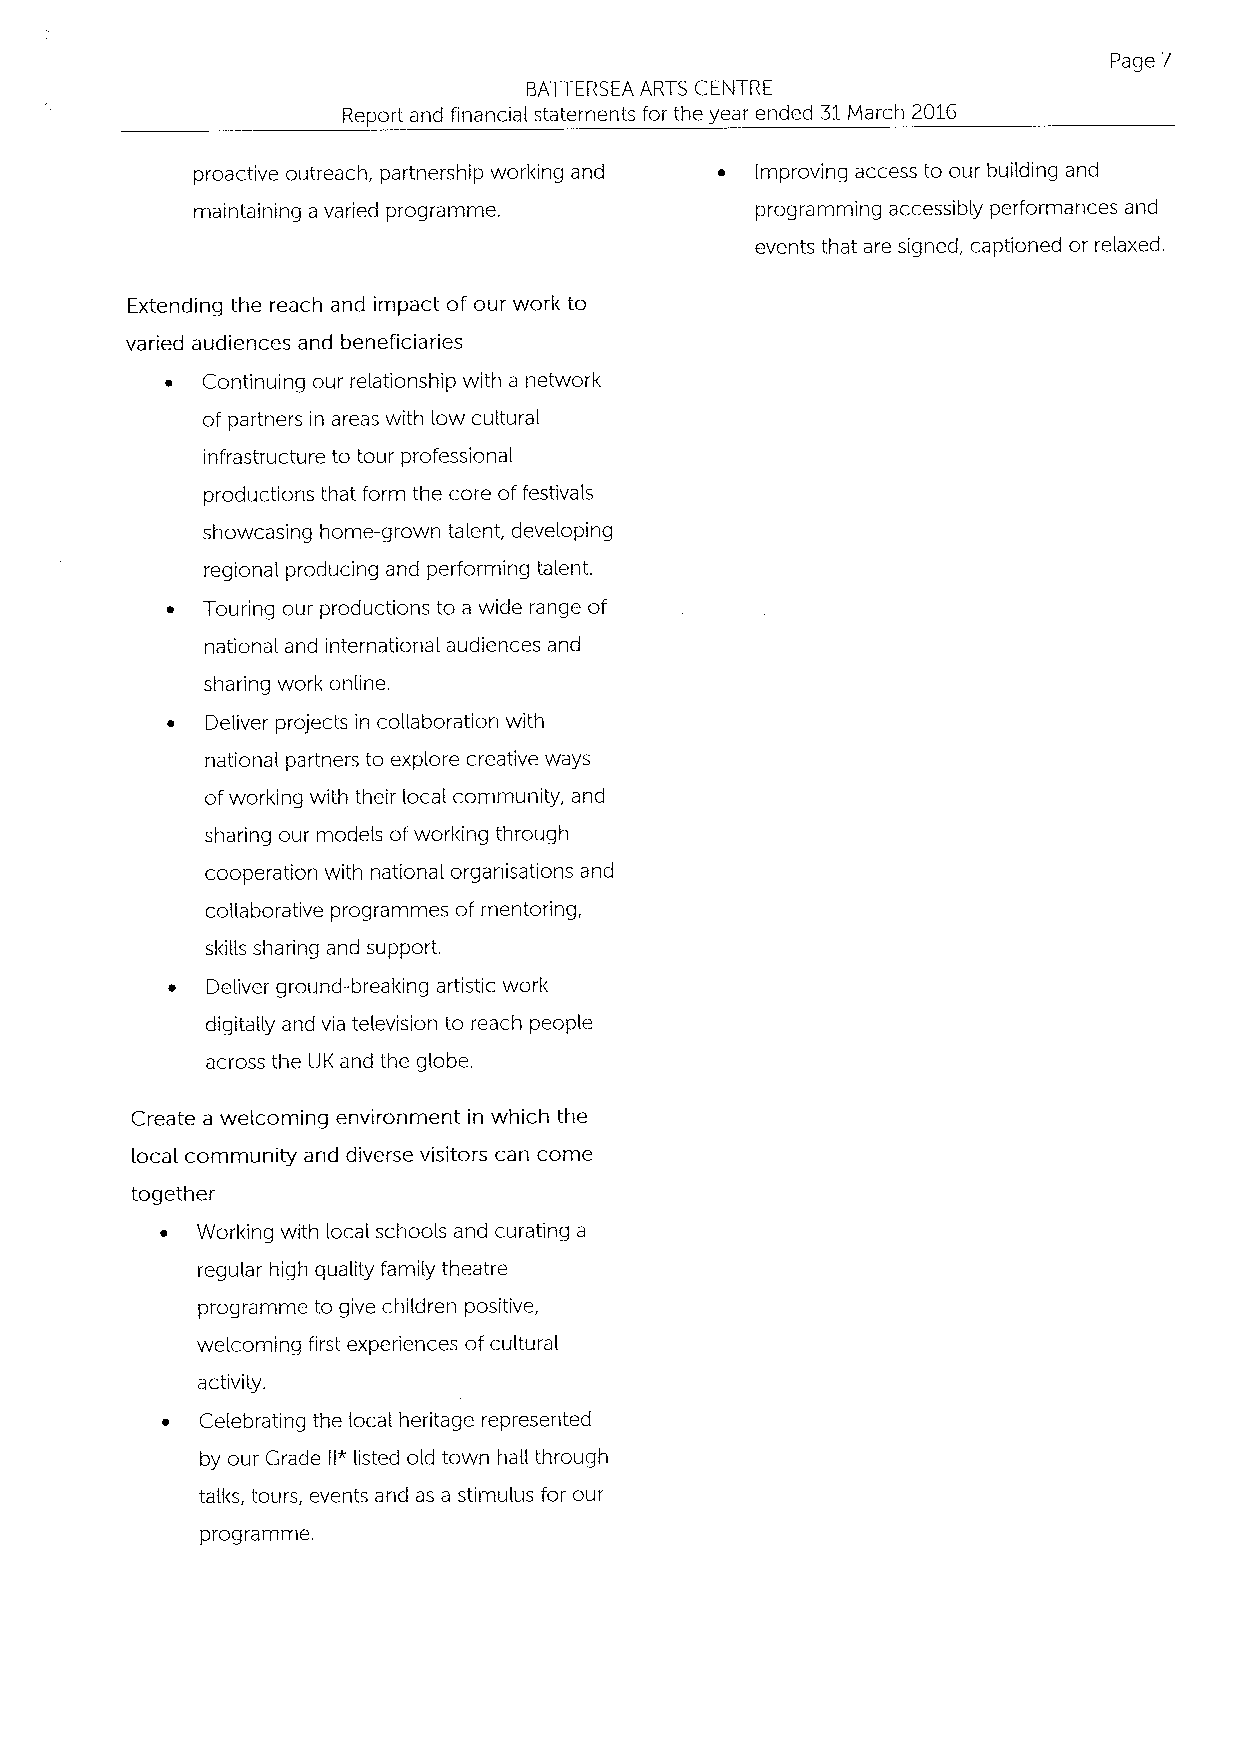
Page 7
 BATTERSEA ARTS CENTRE
 Report and financial statements for the year ended 31March 2016
 proactive outreach, partnership working and ~ Improving access to our building and
 maintaining a varied programme.      programming accessibly performances and
 events that are signed, captioned or relaxed.
 Extending the reach and impact of our work to
 varied audiences and beneficiaries
 ~ Continuing our relationship with a network
 of partners in areas with low cultural
 infrastructure to tour professional
 productions that form the core of festivals
 showcasing home-grown talent, developing
 regional producing and performing talent.
 ~ Touring our productions to a wide range of
 national and international audiences and
 sharing work online.
 ~  Deliver projects in collaboration with
 national partners to explore creative ways
 ofworking with their local community, and
 sharing our models ofworking through
 cooperation with national organisations and
 collaborative programmes of mentoring,
 skills sharing and support.
 ~  Deliver ground-breaking artistic work
 digitally and via television to reach people
 across the UK and the globe.
 Create a welcoming environment in which the
 local community and diverse visitors can come
 together
 ~ Working with local schools and curating a
 regular high quality family theatre
 programme to give children positive,
 welcoming first experiences ofcultural
 activity.
 ~ Celebrating the local heritage represented
 by our Grade II*listed old town haII through
 talks, tours, events and as a stimulus for our
 programme.